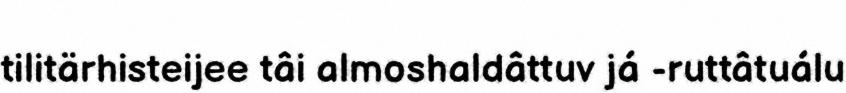
tilitärhisteijee tâi almoshaldâttuv já -ruttâtuálu